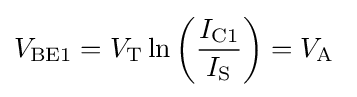
V_{\text{BE1}}=V_{\text{T}}\ln \left({\frac {I_{\text{C1}}}{I_{\text{S}}}}\right)=V_{\text{A}}\